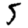
Digit: 5